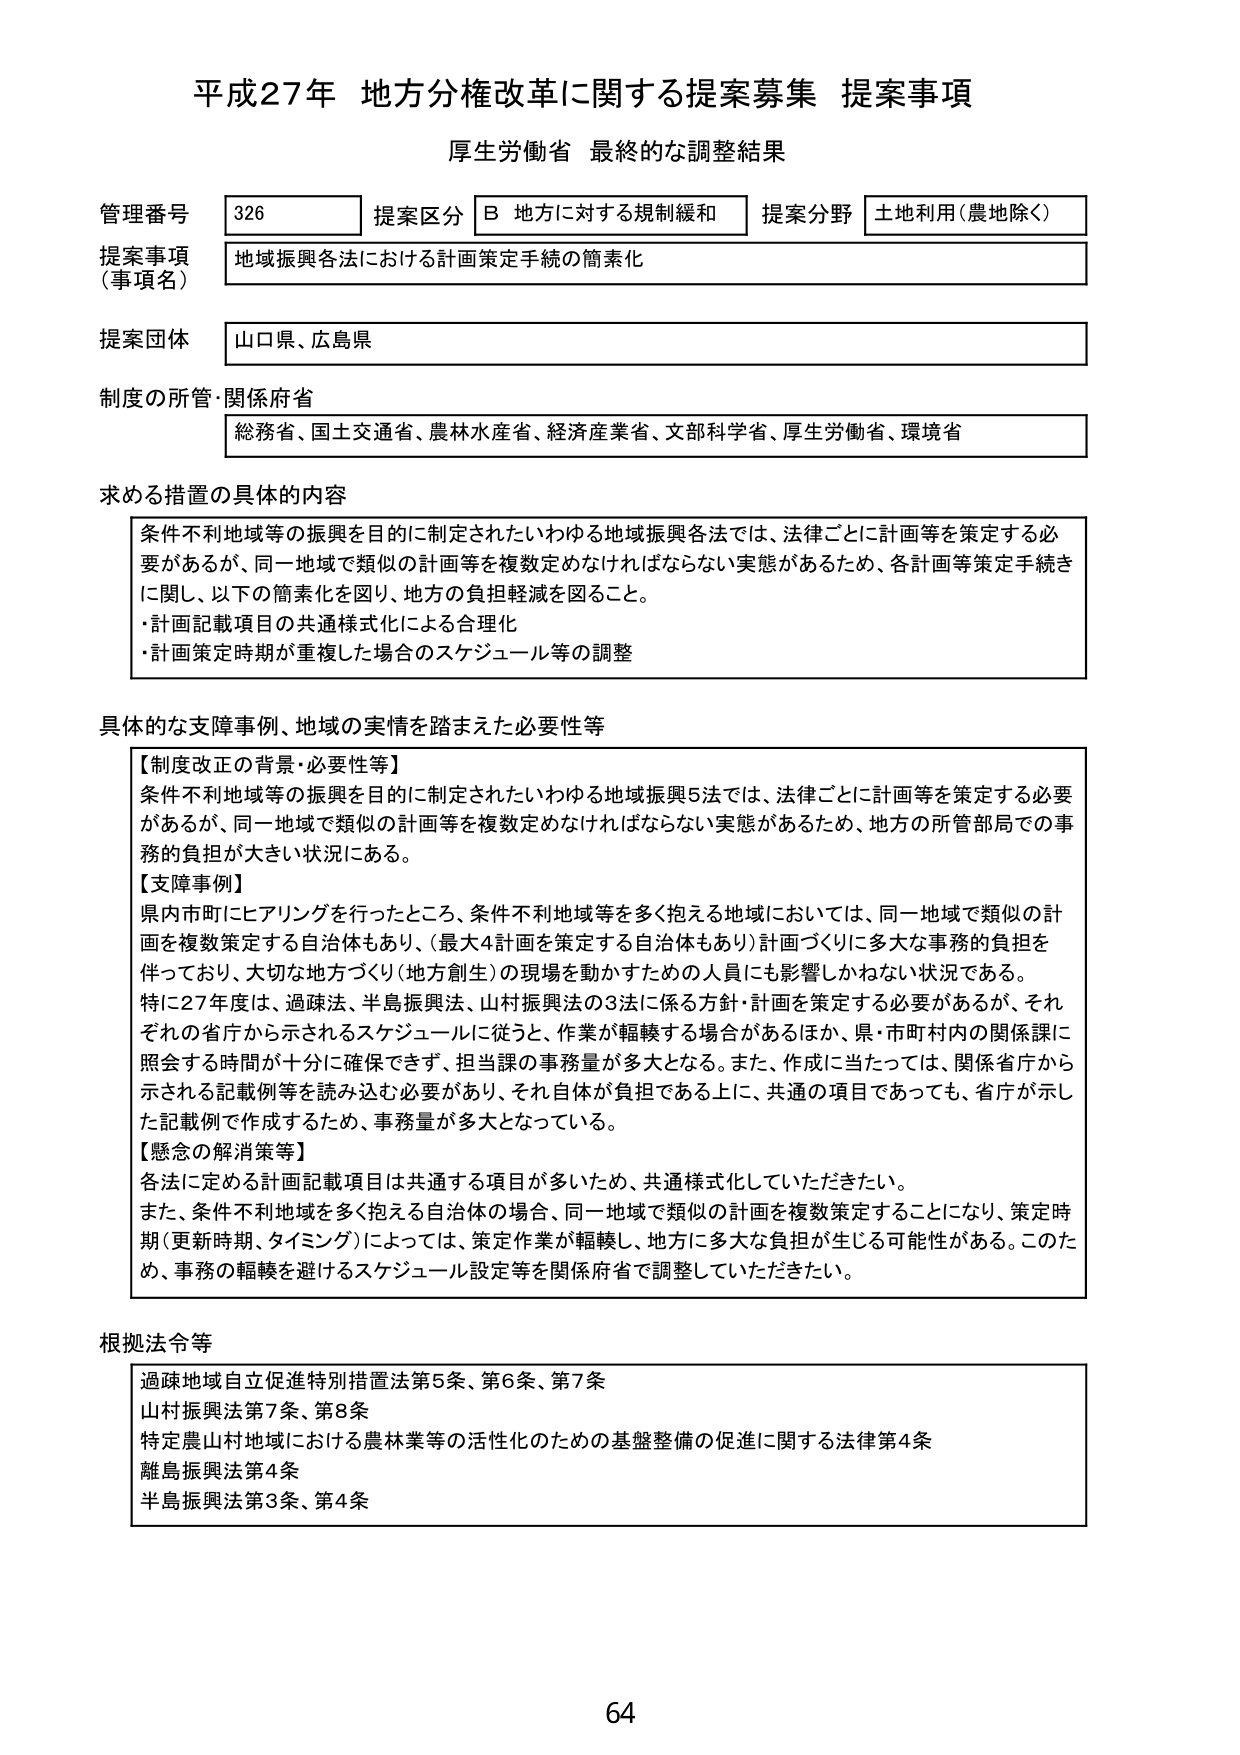
平成27年 地方分権改革に関する提案募集 提案事項
厚生労働省 最終的な調整結果

管理番号 326
提案区分 B 地方に対する規制緩和
提案分野 土地利用（農地除く）

提案事項（事項名） 地域振興各法における計画策定手続の簡素化

提案団体 山口県、広島県

制度の所管・関係府省 総務省、国土交通省、農林水産省、経済産業省、文部科学省、厚生労働省、環境省

求める措置の具体的内容
条件不利地域等の振興を目的に制定されたいわゆる地域振興各法では、法律ごとに計画等を策定する必要があるが、同一地域で類似の計画等を複数定めなければならない実態があるため、各計画等策定手続きに関し、以下の簡素化を図り、地方の負担軽減を図ること。
・計画記載項目の共通様式化による合理化
・計画策定時期が重複した場合のスケジュール等の調整

具体的な支援事例、地域の実情を踏まえた必要性等
【制度改正の背景・必要性等】
条件不利地域等の振興を目的に制定されたいわゆる地域振興5法では、法律ごとに計画等を策定する必要があるが、同一地域で類似の計画等を複数定めなければならない実態があるため、地方の所管部局での事務の負担が大きい状況にある。
【支援事例】
県内市町にヒアリングを行ったところ、条件不利地域等を多く抱える地域においては、同一地域で類似の計画を複数策定する自治体もあり、（最大4計画を策定する自治体もあり）計画づくりに多大な事務的負担を伴っており、大切な地方づくり（地方創生）の現場を動かすための人員にも影響しかねない状況である。
特に27年度は、過疎法、半島振興法、山村振興法の3法に係る方針・計画を策定する必要があるが、それぞれの省庁から示されるスケジュールに従うと、作業が転轍する場合があるほか、県・市町村内の関係課に照会する時間が十分に確保できず、担当課の事務量が多大となる。また、作成に当たっては、関係省庁から示される記載例等を読み込む必要があり、それ自体が負担である上に、共通の項目であっても、省庁が示した記載例で作成するため、事務量が多大となっている。
【懸念の解消策等】
各法に定める計画記載項目は共通する項目が多いため、共通様式化していただきたい。
また、条件不利地域を多く抱える自治体の場合、同一地域で類似の計画を複数策定することになり、策定時期（更新時期、タイミング）によっては、策定作業が転轍し、地方に多大な負担が生じる可能性がある。このため、事務の転轍を避けるスケジュール設定等を関係府省で調整していただきたい。

根拠法令等
過疎地域自立促進特別措置法第5条、第6条、第7条
山村振興法第7条、第8条
特定農山村地域における農林業等の活性化のための基盤整備の促進に関する法律第4条
離島振興法第4条
半島振興法第3条、第4条

64